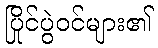
ပြိုင်ပွဲဝင်များ၏